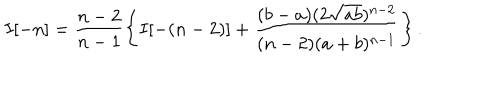
LaTeX: I [ - n ] = \frac { n - 2 } { n - 1 } \left\{ I [ - ( n - 2 ) ] + \frac { ( b - a ) ( 2 \sqrt { a b } ) ^ { n - 2 } } { ( n - 2 ) ( a + b ) ^ { n - 1 } } \right\} .